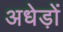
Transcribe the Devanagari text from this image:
अधेड़ों